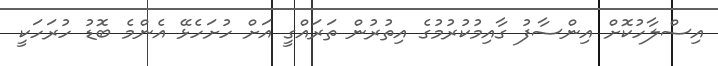
އިސްލާހުކޮށް އިންސާފު ގާއިމުކުރުމުގެ އިތުރުން ތަރައްގީ އަށް ހުށަހެޅޭ އެންމެ ބޮޑު ހުރަހަކީ